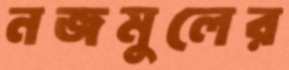
নজমুলের